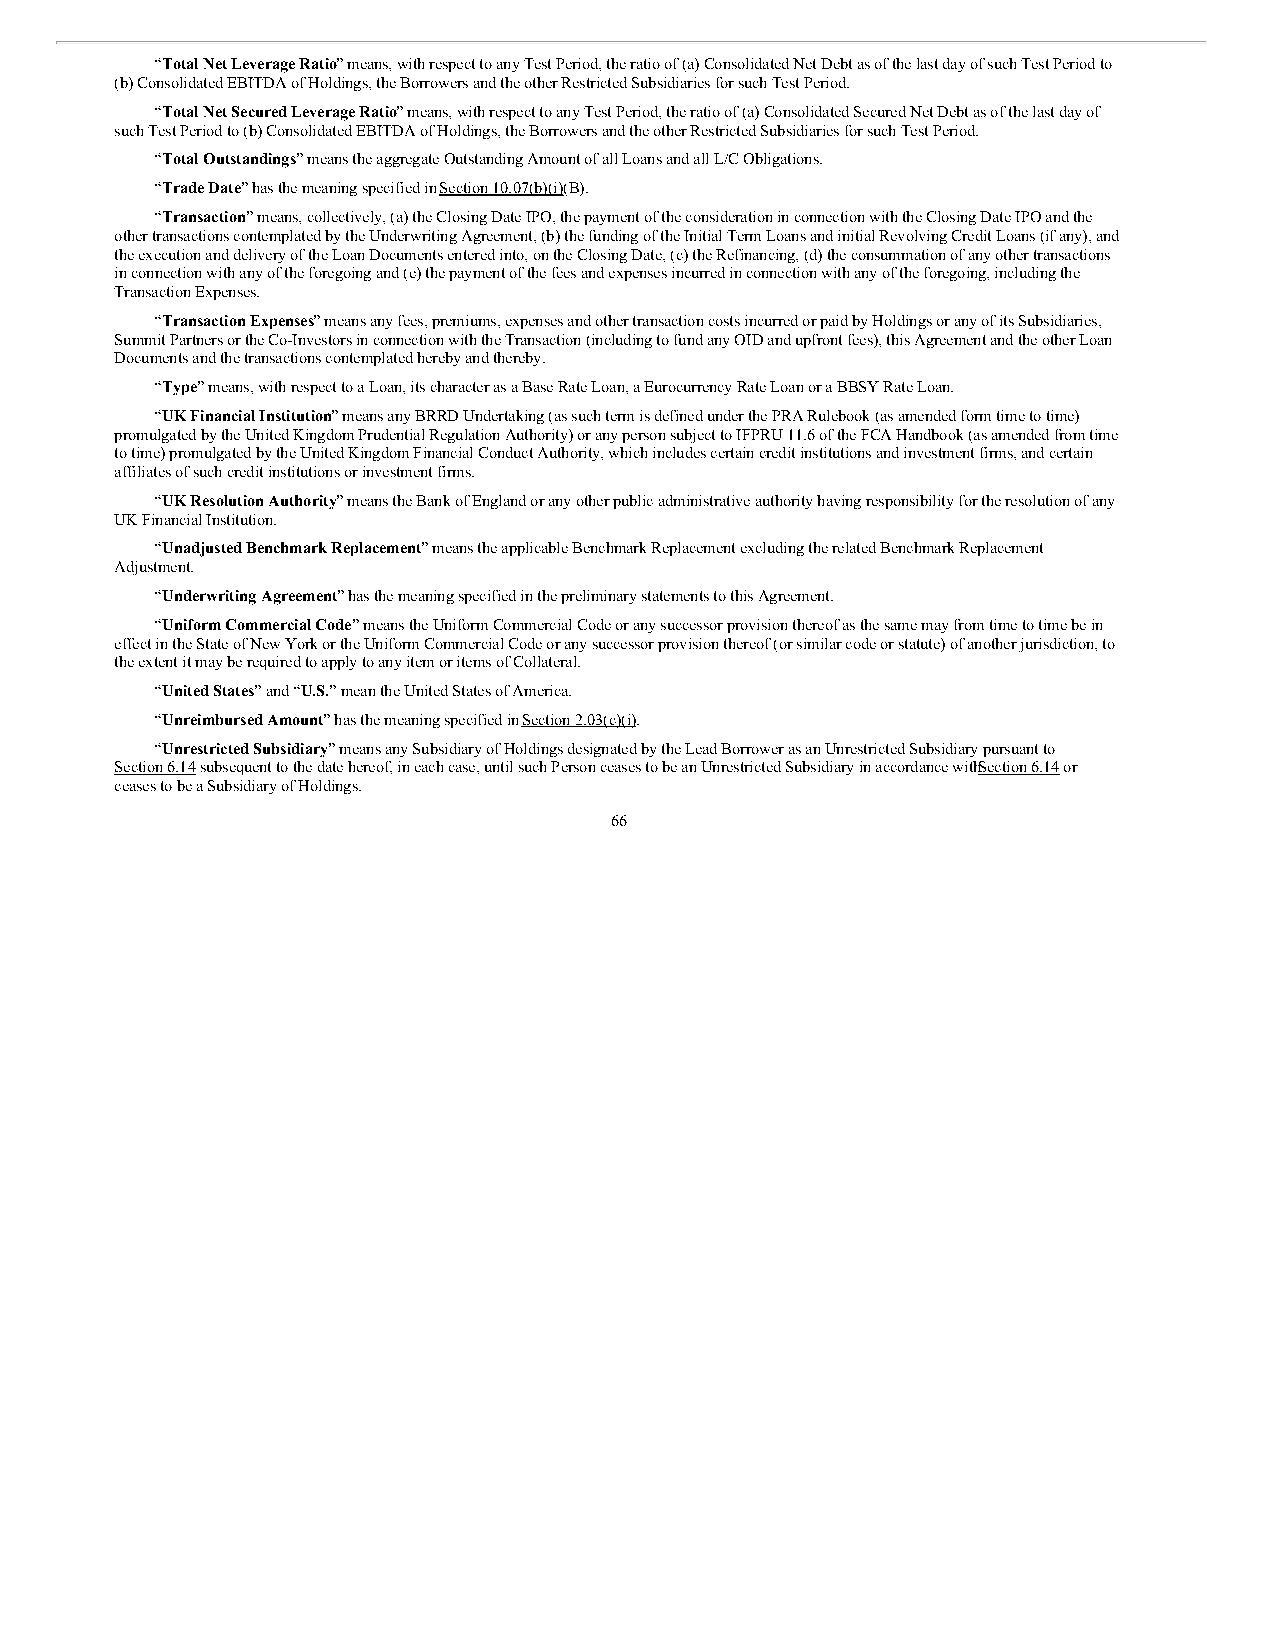
“Total Net Leverage Ratio” means, with respect to any Test Period, the ratio of (a) Consolidated Net Debt as of the last day of such Test Period to
 (b) Consolidated EBITDA of Holdings, the Borrowers and the other Restricted Subsidiaries for such Test Period.
 “Total Net Secured Leverage Ratio” means, with respect to any Test Period, the ratio of (a) Consolidated Secured Net Debt as of the last day of
 such Test Period to (b) Consolidated EBITDA of Holdings, the Borrowers and the other Restricted Subsidiaries for such Test Period.
 “Total Outstandings” means the aggregate Outstanding Amount of all Loans and all L/C Obligations.
 “Trade Date” has the meaning specified in Section 10.07(b)(i)(B).
 “Transaction” means, collectively, (a) the Closing Date IPO, the payment of the consideration in connection with the Closing Date IPO and the
 other transactions contemplated by the Underwriting Agreement, (b) the funding of the Initial Term Loans and initial Revolving Credit Loans (if any), and
 the execution and delivery of the Loan Documents entered into, on the Closing Date, (c) the Refinancing, (d) the consummation of any other transactions
 in connection with any of the foregoing and (e) the payment of the fees and expenses incurred in connection with any of the foregoing, including the
 Transaction Expenses.
 “Transaction Expenses” means any fees, premiums, expenses and other transaction costs incurred or paid by Holdings or any of its Subsidiaries,
 Summit Partners or the Co-Investors in connection with the Transaction (including to fund any OID and upfront fees), this Agreement and the other Loan
 Documents and the transactions contemplated hereby and thereby.
 “Type” means, with respect to a Loan, its character as a Base Rate Loan, a Eurocurrency Rate Loan or a BBSY Rate Loan.
 “UK Financial Institution” means any BRRD Undertaking (as such term is defined under the PRA Rulebook (as amended form time to time)
 promulgated by the United Kingdom Prudential Regulation Authority) or any person subject to IFPRU 11.6 of the FCA Handbook (as amended from time
 to time) promulgated by the United Kingdom Financial Conduct Authority, which includes certain credit institutions and investment firms, and certain
 affiliates of such credit institutions or investment firms.
 “UK Resolution Authority” means the Bank of England or any other public administrative authority having responsibility for the resolution of any
 UK Financial Institution.
 “Unadjusted Benchmark Replacement” means the applicable Benchmark Replacement excluding the related Benchmark Replacement
 Adjustment.
 “Underwriting Agreement” has the meaning specified in the preliminary statements to this Agreement.
 “Uniform Commercial Code” means the Uniform Commercial Code or any successor provision thereof as the same may from time to time be in
 effect in the State of New York or the Uniform Commercial Code or any successor provision thereof (or similar code or statute) of another jurisdiction, to
 the extent it may be required to apply to any item or items of Collateral.
 “United States” and “U.S.” mean the United States of America.
 “Unreimbursed Amount” has the meaning specified in Section 2.03(c)(i).
 “Unrestricted Subsidiary” means any Subsidiary of Holdings designated by the Lead Borrower as an Unrestricted Subsidiary pursuant to
 Section 6.14 subsequent to the date hereof, in each case, until such Person ceases to be an Unrestricted Subsidiary in accordance withS ection 6.14 or
 ceases to be a Subsidiary of Holdings.
 66